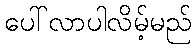
ပေါ်လာပါလိမ့်မည်